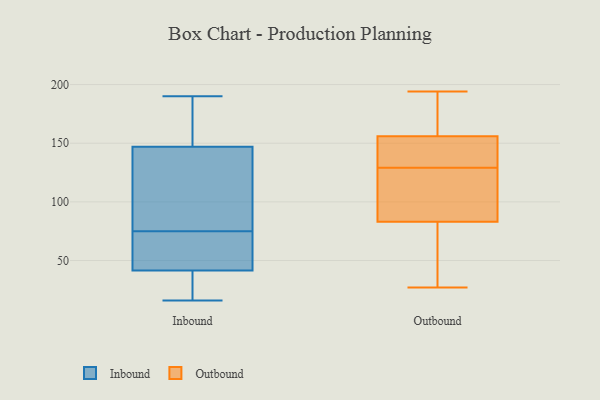
{"axis": {"x": "Gross Profit (USD K)", "y": "Value"}, "legend": ["Inbound", "Outbound"], "data": [{"x": "", "y": 179, "type": "Inbound"}, {"x": "", "y": 76, "type": "Inbound"}, {"x": "", "y": 157, "type": "Inbound"}, {"x": "", "y": 87, "type": "Inbound"}, {"x": "", "y": 78, "type": "Inbound"}, {"x": "", "y": 137, "type": "Inbound"}, {"x": "", "y": 53, "type": "Inbound"}, {"x": "", "y": 24, "type": "Inbound"}, {"x": "", "y": 42, "type": "Inbound"}, {"x": "", "y": 16, "type": "Inbound"}, {"x": "", "y": 188, "type": "Inbound"}, {"x": "", "y": 41, "type": "Inbound"}, {"x": "", "y": 74, "type": "Inbound"}, {"x": "", "y": 190, "type": "Inbound"}, {"x": "", "y": 65, "type": "Inbound"}, {"x": "", "y": 23, "type": "Inbound"}, {"x": "", "y": 95, "type": "Outbound"}, {"x": "", "y": 178, "type": "Outbound"}, {"x": "", "y": 156, "type": "Outbound"}, {"x": "", "y": 152, "type": "Outbound"}, {"x": "", "y": 119, "type": "Outbound"}, {"x": "", "y": 172, "type": "Outbound"}, {"x": "", "y": 52, "type": "Outbound"}, {"x": "", "y": 93, "type": "Outbound"}, {"x": "", "y": 27, "type": "Outbound"}, {"x": "", "y": 125, "type": "Outbound"}, {"x": "", "y": 73, "type": "Outbound"}, {"x": "", "y": 172, "type": "Outbound"}, {"x": "", "y": 146, "type": "Outbound"}, {"x": "", "y": 83, "type": "Outbound"}, {"x": "", "y": 133, "type": "Outbound"}, {"x": "", "y": 51, "type": "Outbound"}, {"x": "", "y": 194, "type": "Outbound"}, {"x": "", "y": 149, "type": "Outbound"}]}